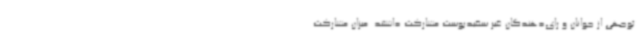
توجهی از جوانان و رای‌دهندگان غیر سفیدپوست مشارکت داشتند. میزان مشارکت